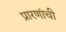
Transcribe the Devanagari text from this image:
प्रारणांची